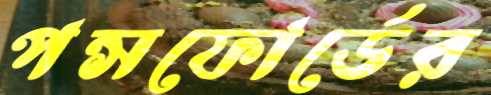
পন্সফোর্ডের